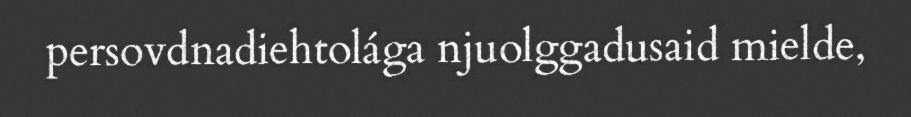
persovdnadiehtolága njuolggadusaid mielde,